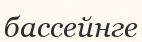
бассейнге